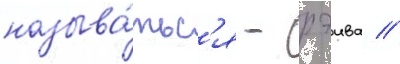
называ́тьс'я - рэива //